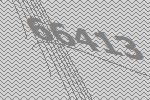
66413